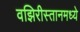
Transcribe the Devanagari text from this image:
वझिरीस्तानमध्ये